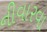
નીવારવા